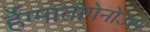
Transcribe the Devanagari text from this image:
र्हेग्मातोगेनोउस